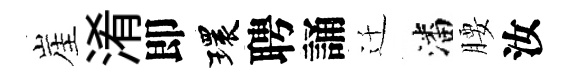
崖淆即環聘誦迁潘腰汝